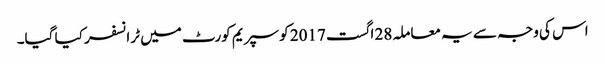
اس کی وجہ سے یہ معاملہ 28 اگست 2017 کو سپریم کورٹ میں ٹرانسفر کیا گیا۔